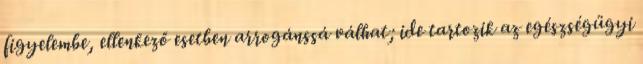
figyelembe, ellenkező esetben arrogánssá válhat; ide tartozik az egészségügyi